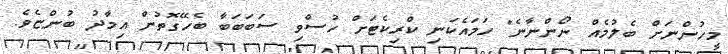
މީހުންނަށް ބެލުމެއް ނޯންނާނެ" ހަމައެކަނި ކްރިކެޓަށް ހުސްވި ސަބަބަބާ ބެހޭގޮތުން އިމާދު ބުންޏެވެ.